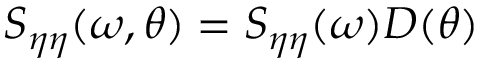
S _ { \eta \eta } ( \omega , \theta ) = S _ { \eta \eta } ( \omega ) D ( \theta )